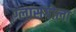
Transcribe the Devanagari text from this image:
ग्लासगोला